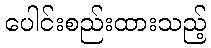
ပေါင်းစည်းထားသည့်